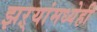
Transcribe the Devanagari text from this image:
झऱ्यांमध्येही